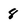
Character: 8